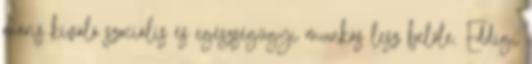
máris kiváló szociális és egészségügyi munkás lesz belőle. Eddigi